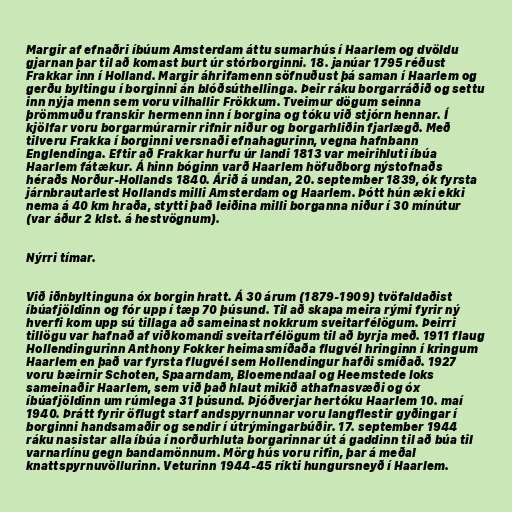
Margir af efnaðri íbúum Amsterdam áttu sumarhús í Haarlem og dvöldu
gjarnan þar til að komast burt úr stórborginni. 18. janúar 1795 réðust
Frakkar inn í Holland. Margir áhrifamenn söfnuðust þá saman í Haarlem og
gerðu byltingu í borginni án blóðsúthellinga. Þeir ráku borgarráðið og settu
inn nýja menn sem voru vilhallir Frökkum. Tveimur dögum seinna
þrömmuðu franskir hermenn inn í borgina og tóku við stjórn hennar. Í
kjölfar voru borgarmúrarnir rifnir niður og borgarhliðin fjarlægð. Með
tilveru Frakka í borginni versnaði efnahagurinn, vegna hafnbann
Englendinga. Eftir að Frakkar hurfu úr landi 1813 var meirihluti íbúa
Haarlem fátækur. Á hinn bóginn varð Haarlem höfuðborg nýstofnaðs
héraðs Norður-Hollands 1840. Árið á undan, 20. september 1839, ók fyrsta
járnbrautarlest Hollands milli Amsterdam og Haarlem. Þótt hún æki ekki
nema á 40 km hraða, stytti það leiðina milli borganna niður í 30 mínútur
(var áður 2 klst. á hestvögnum).

Nýrri tímar.

Við iðnbyltinguna óx borgin hratt. Á 30 árum (1879-1909) tvöfaldaðist
íbúafjöldinn og fór upp í tæp 70 þúsund. Til að skapa meira rými fyrir ný
hverfi kom upp sú tillaga að sameinast nokkrum sveitarfélögum. Þeirri
tillögu var hafnað af viðkomandi sveitarfélögum til að byrja með. 1911 flaug
Hollendingurinn Anthony Fokker heimasmíðaða flugvél hringinn í kringum
Haarlem en það var fyrsta flugvél sem Hollendingur hafði smíðað. 1927
voru bæirnir Schoten, Spaarndam, Bloemendaal og Heemstede loks
sameinaðir Haarlem, sem við það hlaut mikið athafnasvæði og óx
íbúafjöldinn um rúmlega 31 þúsund. Þjóðverjar hertóku Haarlem 10. maí
1940. Þrátt fyrir öflugt starf andspyrnunnar voru langflestir gyðingar í
borginni handsamaðir og sendir í útrýmingarbúðir. 17. september 1944
ráku nasistar alla íbúa í norðurhluta borgarinnar út á gaddinn til að búa til
varnarlínu gegn bandamönnum. Mörg hús voru rifin, þar á meðal
knattspyrnuvöllurinn. Veturinn 1944-45 ríkti hungursneyð í Haarlem.